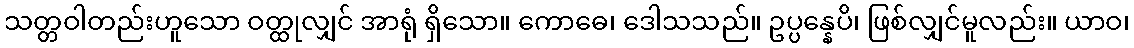
သတ္တဝါတည်းဟူသော ဝတ္ထုလျှင် အာရုံ ရှိသော။ ကောဓေ၊ ဒေါသသည်။ ဥပ္ပန္နေပိ၊ ဖြစ်လျှင်မူလည်း။ ယာဝ၊